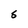
Character: S